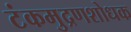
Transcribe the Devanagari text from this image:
टंकमुद्रणशोधक